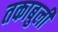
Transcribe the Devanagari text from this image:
तकाबुली